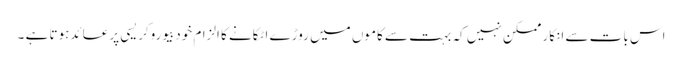
اس بات سے انکار ممکن نہیں کہ بہت سے کاموں میں روڑے اٹکانے کا الزام خودبیوروکریسی پر عائدہوتا ہے ۔